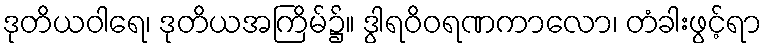
ဒုတိယဝါရေ၊ ဒုတိယအကြိမ်၌။ ဒွါရဝိဝရဏကာလော၊ တံခါးဖွင့်ရာ